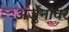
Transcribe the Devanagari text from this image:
अर्जुनावर